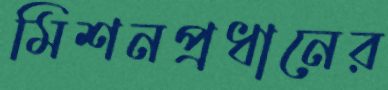
মিশনপ্রধানের